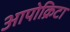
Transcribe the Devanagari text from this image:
आपोक्रिटा